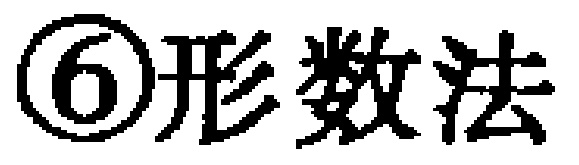
\textcircled{6}形数法